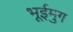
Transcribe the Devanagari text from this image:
भूईमुग